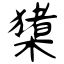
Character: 橥